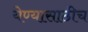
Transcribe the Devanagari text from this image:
येण्यासाठीच